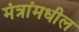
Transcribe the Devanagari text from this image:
मंत्रांमधील